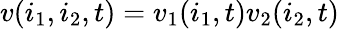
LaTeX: v(i_{1},i_{2},t)=v_{1}(i_{1},t)v_{2}(i_{2},t)